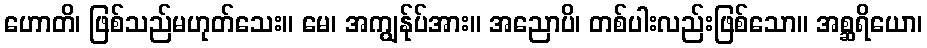
ဟောတိ၊ ဖြစ်သည်မဟုတ်သေး။ မေ၊ အကျွန်ုပ်အား။ အညောပိ၊ တစ်ပါးလည်းဖြစ်သော။ အစ္ဆရိယော၊